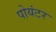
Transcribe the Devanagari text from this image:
पोयंटर